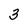
Character: 3